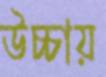
উচ্চায়